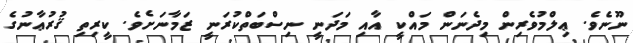
ނޫނެވެ. ޢިލްމުވެރިން މިދެނަން މައްކީ އާއި މަދަނީ ނިސްބަތްކުރަނީ ޒަމާނަށެވެ. ކީރިތި ޤުރުޢާނުގެ